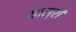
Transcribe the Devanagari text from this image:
यासुरी